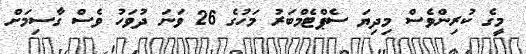
މީގެ ކުރިންވެސް މިދިޔަ ސެޕްޓެމްބަރު މަހުގެ 26 ވަނަ ދުވަހު ވެސް ގާސިމަށް